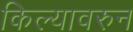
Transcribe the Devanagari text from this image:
किल्यावरुन